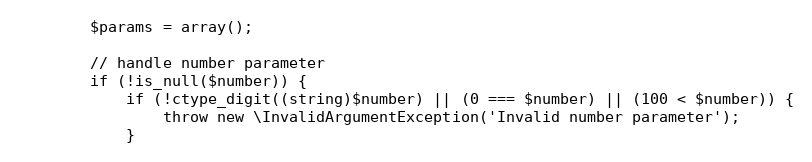
Language: PHP
        $params = array();

        // handle number parameter
        if (!is_null($number)) {
            if (!ctype_digit((string)$number) || (0 === $number) || (100 < $number)) {
                throw new \InvalidArgumentException('Invalid number parameter');
            }